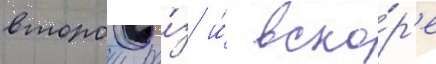
второи ра́з и́ вско́р'е